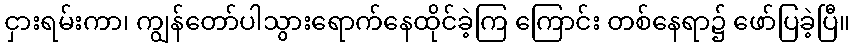
ငှားရမ်းကာ၊ ကျွန်တော်ပါသွားရောက်နေထိုင်ခဲ့ကြ ကြောင်း တစ်နေရာ၌ ဖော်ပြခဲ့ပြီ။